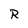
Character: R